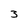
Character: 3